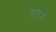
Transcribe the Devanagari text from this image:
बरोग